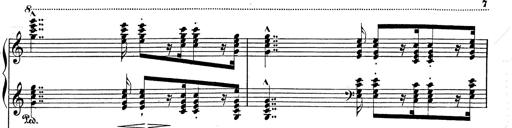
Title: Festvorspiel
Composer: Franz Liszt